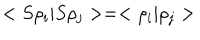
LaTeX: < S \rho _ { i } | S \rho _ { j } > = < \rho _ { i } | \rho _ { j } >